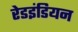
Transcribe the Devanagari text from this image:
रेडइंडियन